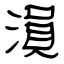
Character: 溳